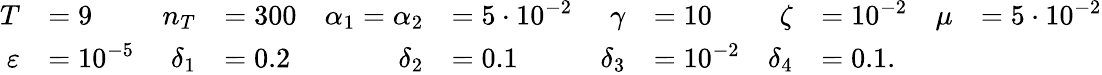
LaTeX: \begin{array}{rlrlrlrlrlrl}{T}&{=9}&{n_{T}}&{=300}&{\alpha_{1}=\alpha_{2}}&{=5\cdot 10^{-2}}&{\gamma}&{=10}&{\zeta}&{=10^{-2}}&{\mu}&{=5\cdot 10^{-2}}\\ {\varepsilon}&{=10^{-5}}&{\delta_{1}}&{=0.2}&{\delta_{2}}&{=0.1}&{\delta_{3}}&{=10^{-2}}&{\delta_{4}}&{=0.1.}\end{array}